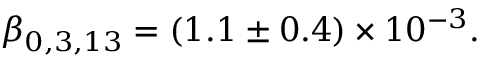
\beta _ { 0 , 3 , 1 3 } = ( 1 . 1 \pm 0 . 4 ) \times 1 0 ^ { - 3 } .